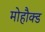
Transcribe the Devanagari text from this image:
मोहौक्ड